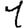
Digit: 1